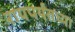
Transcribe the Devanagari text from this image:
रायपर्यंतच्या